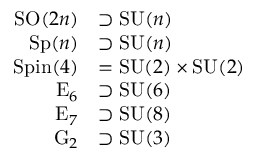
{ \begin{array} { r l } { \operatorname { S O } ( 2 n ) } & { \supset \operatorname { S U } ( n ) } \\ { \operatorname { S p } ( n ) } & { \supset \operatorname { S U } ( n ) } \\ { \operatorname { S p i n } ( 4 ) } & { = \operatorname { S U } ( 2 ) \times \operatorname { S U } ( 2 ) } \\ { \operatorname { E } _ { 6 } } & { \supset \operatorname { S U } ( 6 ) } \\ { \operatorname { E } _ { 7 } } & { \supset \operatorname { S U } ( 8 ) } \\ { \operatorname { G } _ { 2 } } & { \supset \operatorname { S U } ( 3 ) } \end{array} }